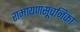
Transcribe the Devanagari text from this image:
रामायणसूचनिका